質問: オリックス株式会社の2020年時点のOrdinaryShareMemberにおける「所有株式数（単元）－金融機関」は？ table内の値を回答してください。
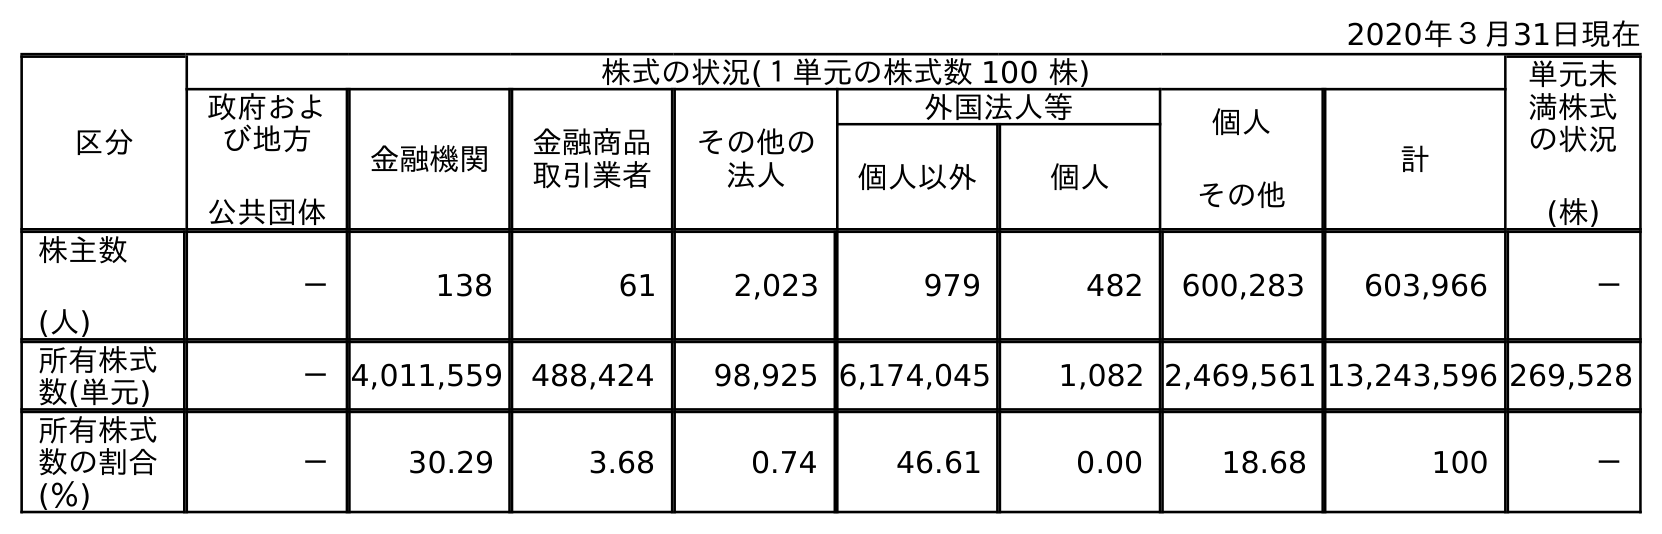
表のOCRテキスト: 2020年３月31日現在 区分 株式の状況(１単元の株式数 100 株) 単元未 満株式 の状況 (株) 政府およ び地方 公共団体 金融機関 金融商品 取引業者 その他の 法人 外国法人等 個人 その他 計 個人以外 個人 株主数 (人) － 138 61 2,023 979 482 600,283 603,966 － 所有株式 数(単元) －4,011,559 488,424 98,925 6,174,045 1,082 2,469,561 13,243,596 269,528 所有株式 数の割合 (％) － 30.29 3.68 0.74 46.61 0.00 18.68 100 －
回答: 4,011,559